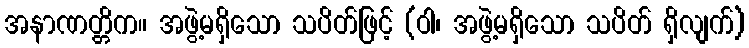
အနာဏတ္တိက။ အဖွဲ့မရှိသော သပိတ်ဖြင့် (ဝါ၊ အဖွဲ့မရှိသော သပိတ် ရှိလျက်)